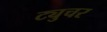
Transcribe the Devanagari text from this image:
ट्युचर